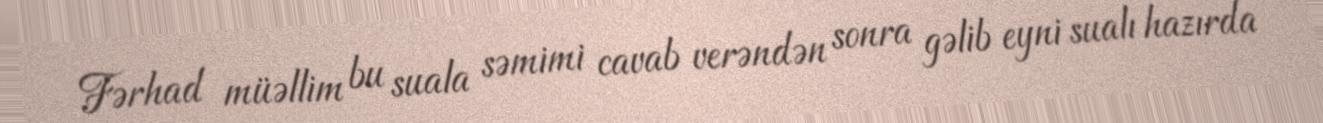
Fərhad müəllim bu suala səmimi cavab verəndən sonra gəlib eyni sualı hazırda